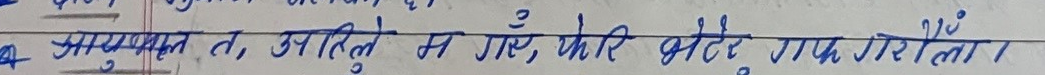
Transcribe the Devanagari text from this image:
4. आपत्तिकाल न, आरिले में गए, फेरि भेट्टे गरिएला?